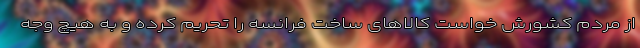
از مردم کشورش خواست کالاهای ساخت فرانسه را تحریم کرده و به هیچ وجه